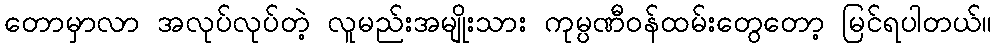
တောမှာလာ အလုပ်လုပ်တဲ့ လူမည်းအမျိုးသား ကုမ္ပဏီဝန်ထမ်းတွေတော့ မြင်ရပါတယ်။